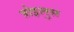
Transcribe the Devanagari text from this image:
त्रोइलुस